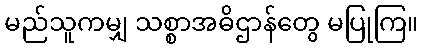
မည်သူကမျှ သစ္စာအဓိဌာန်တွေ မပြုကြ။